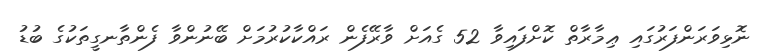
ނޮޅިވަރަންފަރުގައި ޢިމާރާތް ކޮށްފައިވާ 52 ގެއަށް ވާރޭފެން ރައްކާކުރުމަށް ބޭނުންވާ ފެންތާނގީތަކުގެ ބުޑު